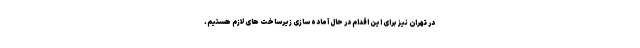
در تهران نیز برای این اقدام در حال آماده سازی زیرساخت های لازم هستیم.